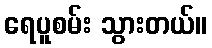
ရေပူစမ်း သွားတယ်။